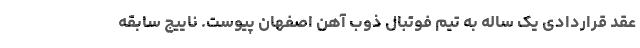
عقد قراردادی یک ساله به تیم فوتبال ذوب آهن اصفهان پیوست. ناییج سابقه